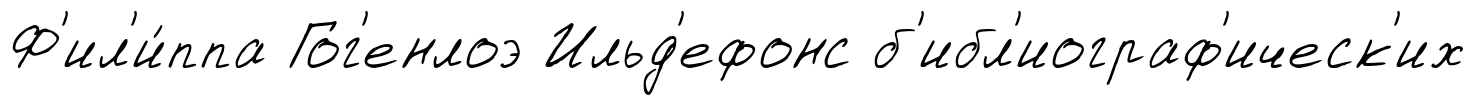
Ф'ил'и́ппа Гог'енлоэ Ильд'ефонс б'ибл'иограф'ическ'их